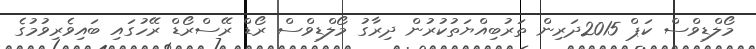
މޯލްޑިވްސް ކަޕް 2015ދަރިން ތަރުބިއްޔަތުކުރުން ދިރާގު މޯލްޑިވްސް ރޯޑް ރޭސްރޯޑް ރޭހުގައި ބައިވެރިވުމުގެ